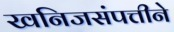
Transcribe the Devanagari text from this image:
खनिजसंपत्तीने